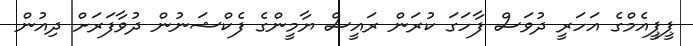
ޕީޕީއެމްގެ އަހަރީ ދުވަސް ފާހަގަ ކުރަން ރައީސް ޔާމީންގެ ފެކްޝަނުން ދުވާފަރަށް ދިއުން